Calcutta medical institutions reports 1892-1900
Year: 1892
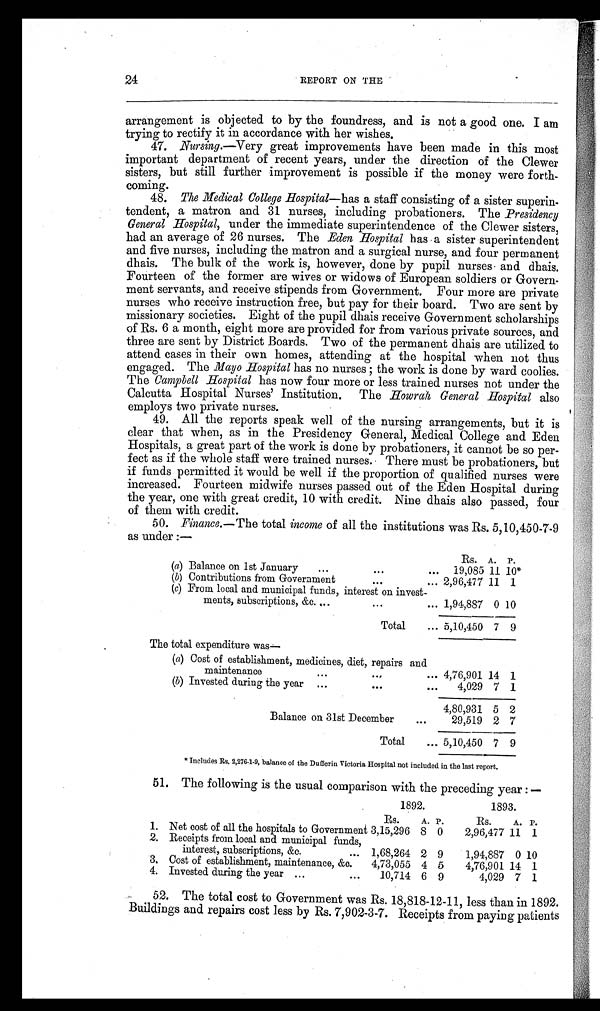
24
REPORT ON THE
arrangement is objected to by the foundress, and is not a good one. I am
trying to rectify it in accordance with her wishes.
47. Nursing.—Very great improvements have been made in this most
important department of recent years, under the direction of the Clewer
sisters, but still further improvement is possible if the money were forth-
coming.
48. The Medical College Hospital—has a staff consisting of a sister superin-
tendent, a matron and 31 nurses, including probationers. The Presidency
General Hospital, under the immediate superintendence of the Clewer sisters,
had an average of 26 nurses. The Eden Hospital has a sister superintendent
and five nurses, including the matron and a surgical nurse, and four permanent
dhais. The bulk of the work is, however, done by pupil nurses and dhais.
Fourteen of the former are wives or widows of European soldiers or Govern-
ment servants, and receive stipends from Government. Four more are private
nurses who receive instruction free, but pay for their board. Two are sent by
missionary societies. Eight of the pupil dhais receive Government scholarships
of Rs. 6 a month, eight more are provided for from various private sources, and
three are sent by District Boards. Two of the permanent dhais are utilized to
attend cases in their own homes, attending at the hospital when not thus
engaged. The Mayo Hospital has no nurses; the work is done by ward coolies.
The Campbell Hospital has now four more or less trained nurses not under the
Calcutta Hospital Nurses' Institution. The Howrah General Hospital also
employs two private nurses.
49. All the reports speak well of the nursing arrangements, but it is
clear that when, as in the Presidency General, Medical College and Eden
Hospitals, a great part of the work is done by probationers, it cannot be so per-
fect as if the whole staff were trained nurses. There must be probationers, but
if funds permitted it would be well if the proportion of qualified nurses were
increased. Fourteen midwife nurses passed out of the Eden Hospital during
the year, one with great credit, 10 with credit. Nine dhais also passed, four
of them with credit.
50. Finance. —The total income of all the institutions was Rs. 5,10,450-7-9
as under:—
Rs. A. P.
(a) Balance on 1st January
...
. . .
... 19,085 11 10*
(b) Contributions from Government
. . .
... 2,96,477 11 1
(c) From local and municipal funds, interest on invest-
ments, subscriptions, &c. ...
. . .
... 1,94,887 0 10
Total
... 5,10,450 7 9
The total expenditure was—
(a) Cost of establishment, medicines, diet, repairs and
maintenance
..
.
...
...
4,76,901 14 1
(b) Invested during the year ...
. . .
...
4,029 7 1
4,80,931 5 2
Balance on 31st December
...
29,519 2 7
Total
... 5,10,450 7 9
* Includes Rs. 2,276-1-9, balance of the Dufferin Victoria Hospital not included in the last report.
51. The following is the usual comparison with the preceding year:—
1892.
1893.
Rs.
A. P.
Rs.
A. P.
1.
Net cost of all the hospitals to Government 3,15,296 8 0
2,96,477 11 1
2. Receipts from local and municipal funds,
interest, subscriptions, &c.
... 1,68,264 2 9
1,94,887 0 10
3. Cost of establishment, maintenance, &c.
4,73,055 4 5
4,76,901 14 1
4. Invested during the year ...
...
10,714 6 9
4,029 7 1
52. The total cost to Government was Rs. 18,818-12-11, less than in 1892.
Buildings and repairs cost less by Rs. 7,902-3-7. Receipts from paying patients